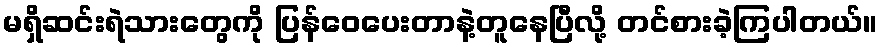
မရှိဆင်းရဲသားတွေကို ပြန်ဝေပေးတာနဲ့တူနေပြီလို့ တင်စားခဲ့ကြပါတယ်။